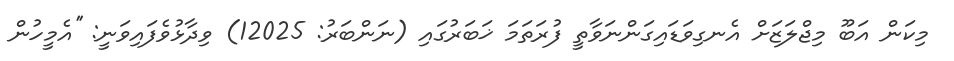
މިކަން އަބޫ މިޖްލަޒަށް އެނގިވަޑައިގަންނަވާތީ ފުރަތަމަ ޚަބަރުގައި (ނަންބަރު: 12025) ވިދާޅުވެފައިވަނީ: ''އެމީހުން